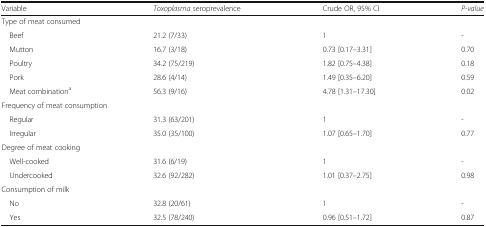
<table><thead><tr><td><b>Variable</b></td><td><b><i>Toxoplasma</i> seroprevalence</b></td><td><b>Crude OR, 95% CI</b></td><td><b><i>P-value</i></b></td></tr></thead><tbody><tr><td colspan="4">Type of meat consumed</td></tr><tr><td> Beef</td><td>21.2 (7/33)</td><td>1</td><td>-</td></tr><tr><td> Mutton</td><td>16.7 (3/18)</td><td>0.73 [0.17–3.31]</td><td>0.70</td></tr><tr><td> Poultry</td><td>34.2 (75/219)</td><td>1.82 [0.75–4.38]</td><td>0.18</td></tr><tr><td> Pork</td><td>28.6 (4/14)</td><td>1.49 [0.35–6.20]</td><td>0.59</td></tr><tr><td> Meat combination<sup>a</sup></td><td>56.3 (9/16)</td><td>4.78 [1.31–17.30]</td><td>0.02</td></tr><tr><td colspan="4">Frequency of meat consumption</td></tr><tr><td> Regular</td><td>31.3 (63/201)</td><td>1</td><td>-</td></tr><tr><td> Irregular</td><td>35.0 (35/100)</td><td>1.07 [0.65–1.70]</td><td>0.77</td></tr><tr><td colspan="4">Degree of meat cooking</td></tr><tr><td> Well-cooked</td><td>31.6 (6/19)</td><td>1</td><td>-</td></tr><tr><td> Undercooked</td><td>32.6 (92/282)</td><td>1.01 [0.37–2.75]</td><td>0.98</td></tr><tr><td colspan="4">Consumption of milk</td></tr><tr><td> No</td><td>32.8 (20/61)</td><td>1</td><td>-</td></tr><tr><td> Yes</td><td>32.5 (78/240)</td><td>0.96 [0.51–1.72]</td><td>0.87</td></tr></tbody></table>